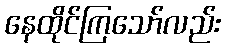
နေထိုင်ကြသော်လည်း